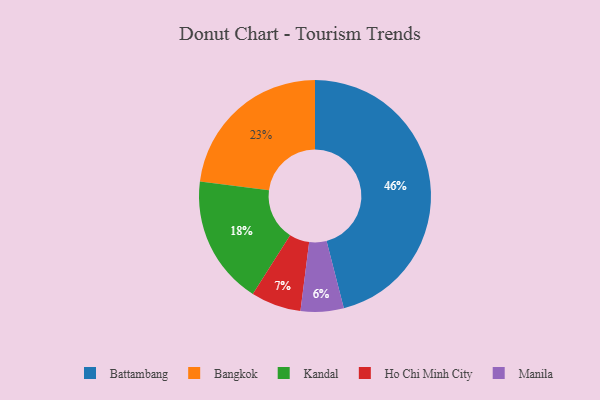
{"axis": {"x": "Category", "y": "Percentage"}, "legend": ["Bangkok", "Battambang", "Ho Chi Minh City", "Kandal", "Manila"], "data": [{"x": "Manila", "y": 6, "type": "Manila"}, {"x": "Bangkok", "y": 23, "type": "Bangkok"}, {"x": "Kandal", "y": 18, "type": "Kandal"}, {"x": "Battambang", "y": 46, "type": "Battambang"}, {"x": "Ho Chi Minh City", "y": 7, "type": "Ho Chi Minh City"}]}